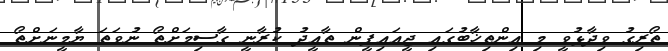
ތޯރިގު ވިދާޅުވީ މި އިންތިޚާބުގައި ޖީއައިޕީން ތާއީދު ކުރާނީ ގާސިމަށްތޯ ނުވަތަ ޔާމީނަށްތޯ